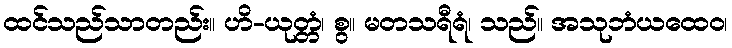
ထင်သည်သာတည်း။ ဟိ-ယုတ္တံ၊ စွ။ မတသရီရံ၊ သည်။ အသုဘံယထေဝ၊